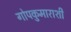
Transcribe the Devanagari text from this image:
गोपकुमाराशी